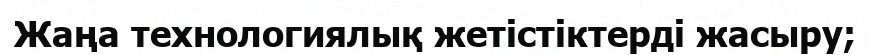
Жаңа технологиялық жетістіктерді жасыру;